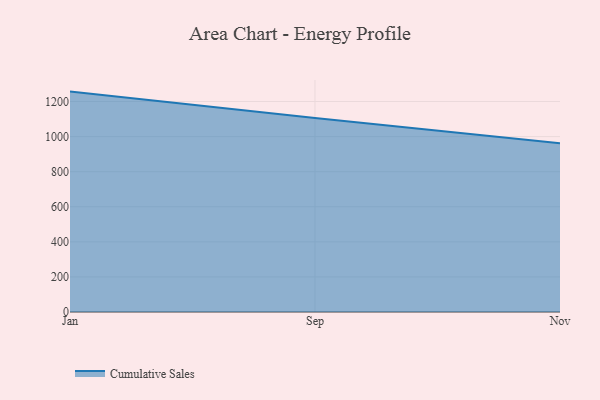
{"axis": {"x": "Month", "y": "Shipments"}, "legend": ["Cumulative Sales"], "data": [{"x": "Jan", "y": 1256.4, "type": "Cumulative Sales"}, {"x": "Sep", "y": 1106.3, "type": "Cumulative Sales"}, {"x": "Nov", "y": 962.1, "type": "Cumulative Sales"}]}